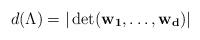
LaTeX: \begin{align*}d(\Lambda) = | \det (\mathbf{w_1}, \dots, \mathbf{w_d}) |\end{align*}